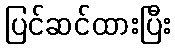
ပြင်ဆင်ထားပြီး